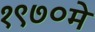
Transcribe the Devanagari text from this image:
१९७०मे